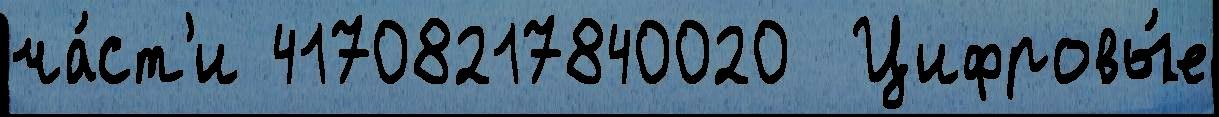
ча́ст'и 41708217840020  Цифровы́е